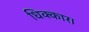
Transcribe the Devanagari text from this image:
धिक्कार।